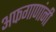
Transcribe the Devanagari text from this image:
अफगाणांनी